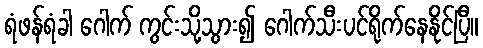
ရံဖန်ရံခါ ဂေါက် ကွင်းသို့သွား၍ ဂေါက်သီးပင်ရိုက်နေနိုင်ပြီ။